Annual administration report of the Civil Veterinary Department of India - 1892-1893
Year: 1892
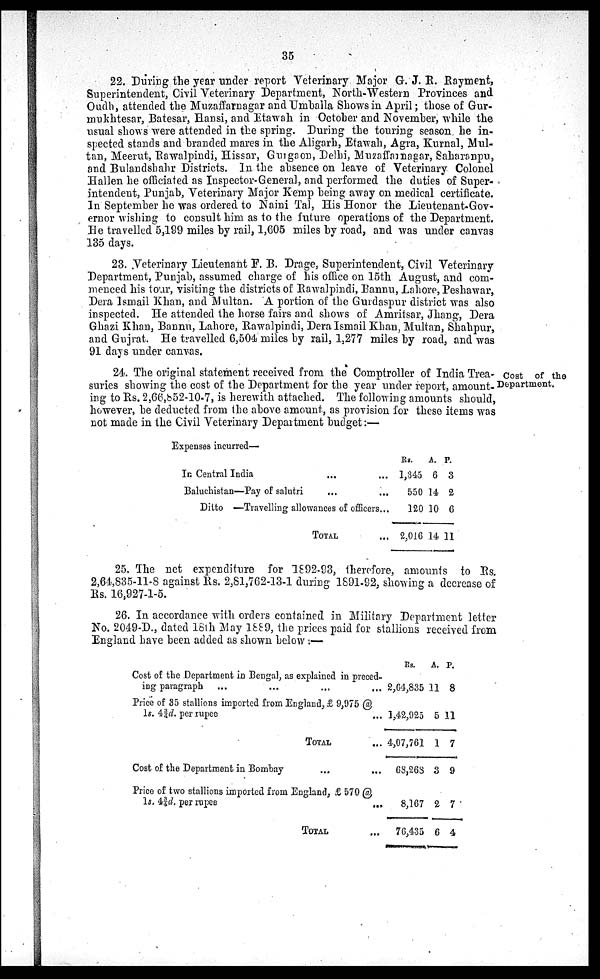
35
22. During the year under report Veterinary Major G. J. R. Rayment,
Superintendent, Civil Veterinary Department, North-Western Provinces and
Oudh, attended the Muzaffarnagar and Umballa Shows in April; those of Gur-
mukhtesar, Batesar, Hansi, and Etawah in October and November, while the
usual shows were attended in the spring. During the touring season he in-
spected stands and branded mares in the Aligarh, Etawah, Agra, Kurnal, Mul-
tan, Meerut, Rawalpindi, Hissar, Gurgaon, Delhi, Muzaffarnagar, Saharanpu,
and Bulandshahr Districts. In the absence on leave of Veterinary Colonel
Hallen he officiated as Inspector-General, and performed the duties of Super-
intendent, Punjab, Veterinary Major Kemp being away on medical certificate.
In September he was ordered to Naini Tal, His Honor the Lieutenant-Gov-
ernor wishing to consult him as to the future operations of the Department.
He travelled 5,199 miles by rail, 1,605 miles by road, and was under canvas
135 days.
23. Veterinary Lieutenant F. B. Drage, Superintendent, Civil Veterinary
Department, Punjab, assumed charge of his office on 15th August, and com-
menced his tour, visiting the districts of Rawalpindi, Bannu, Lahore, Peshawar,
Dera Ismail Khan, and Multan. A portion of the Gurdaspur district was also
inspected. He attended the horse fairs and shows of Amritsar, Jhang, Dera
Ghazi Khan, Bannu, Lahore, Rawalpindi, Dera Ismail Khan, Multan, Shahpur,
and Gujrat. He travelled 6,504 miles by rail, 1,277 miles by road, and was
91 days under canvas.
Cost of the
Department.
24. The original statement received from the Comptroller of India Trea-
suries showing the cost of the Department for the year under report, amount-
ing to Rs. 2,66,852-10-7, is herewith attached. The following amounts should,
however, be deducted from the above amount, as provision for these items was
not made in the Civil Veterinary Department budget:—
Expenses incurred—
In Central India ... ...
Baluchistan—Pay of salutri ... ...
Ditto —Travelling allowances of officers...
TOTAL
...
RS.
1,345
550
120
2,016
A.
6
14
10
14
P.
3
2
6
11
25. The net expenditure for 1892-93, therefore, amounts to Rs.
2,64,835-11-8 against Rs. 2,81,762-13-1 during 1891-92, showing a decrease of
Rs. 16,927-1-5.
26. In accordance with orders contained in Military Department letter
No. 2049-D., dated 18th May 1889, the prices paid for stallions received from
England have been added as shown below:—
Cost of the Department in Bengal, as explained in preced-
ing paragraph ... ... ... ...
Price of 35 stallions imported from England, £ 9,975 @
1s. 4¾d. per rupee ...
TOTAL ...
Cost of the Department in Bombay ... ...
Rs.
2,64,835
1,42,025
4,07,761
68,268
A.
11
5
1
3
P.
8
11
7
9
Price of two stallions imported from England, £ 570 @
1s. 43¾d. per rupee
...
TOTAL ...
8,167
76,435
2
6
7
4